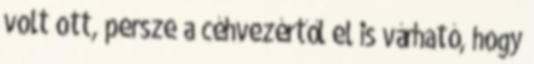
volt ott, persze a céhvezértől el is várható, hogy